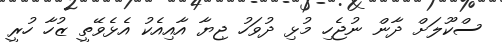
ސްކޫލަށް ދާން ނުޖެހި މުޅި ދުވަހު ޖިޔާ އާއިއެކު އެޅެވޭތީ ޒުހާ ހުރީ